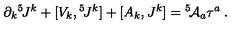
\partial _ { k } { } ^ { 5 } \! J ^ { k } + [ V _ { k } , { } ^ { 5 } \! J ^ { k } ] + [ A _ { k } , J ^ { k } ] = { } ^ { 5 } \! { \cal A } _ { a } \tau ^ { a } \: .